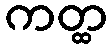
ကတ္ထ